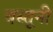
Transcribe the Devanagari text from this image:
वस्तूनी